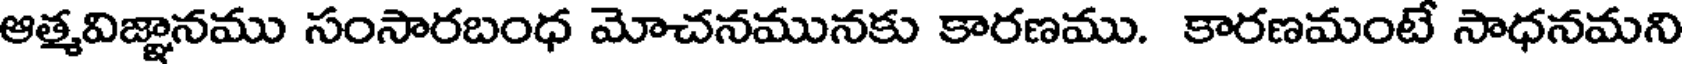
ఆత్మవిజ్ఞానము సంసారబంధ మోచనమునకు కారణము. కారణమంటే సాధనమని